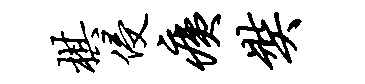
棋侵痍奘